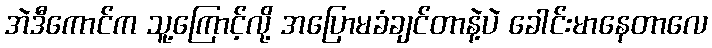
အဲဒီကောင်က သူ့ကြောင့်လို့ အပြောမခံချင်တာနဲ့ပဲ ခေါင်းမာနေတာလေ